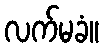
လက်မခံ။